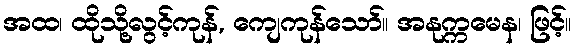
အထ၊ ထိုသို့လွင့်ကုန်, ကျေကုန်သော်။ အနုက္ကမေန၊ ဖြင့်။